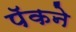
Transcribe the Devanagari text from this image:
पॅकने